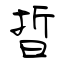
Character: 晢